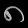
Digit: ၈